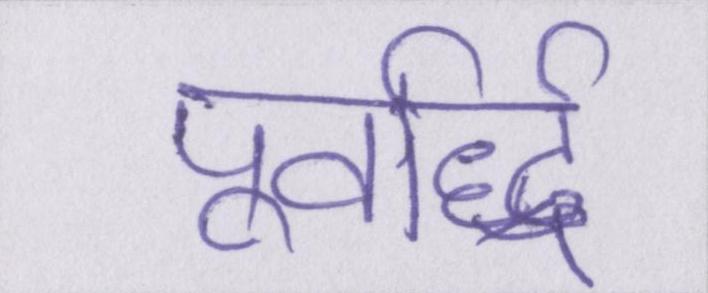
पूर्वार्द्ध